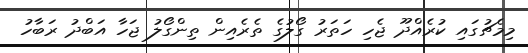
މިމެޗުގައި ކުރެއްދޫ ޖެހި ހަތަރު ގޯލުގެ ތެރެއިން ތިންގޯލު ޖަހާ އަބްދު ރަބާހު